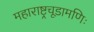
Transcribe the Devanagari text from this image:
महाराष्ट्रचूडामणिः